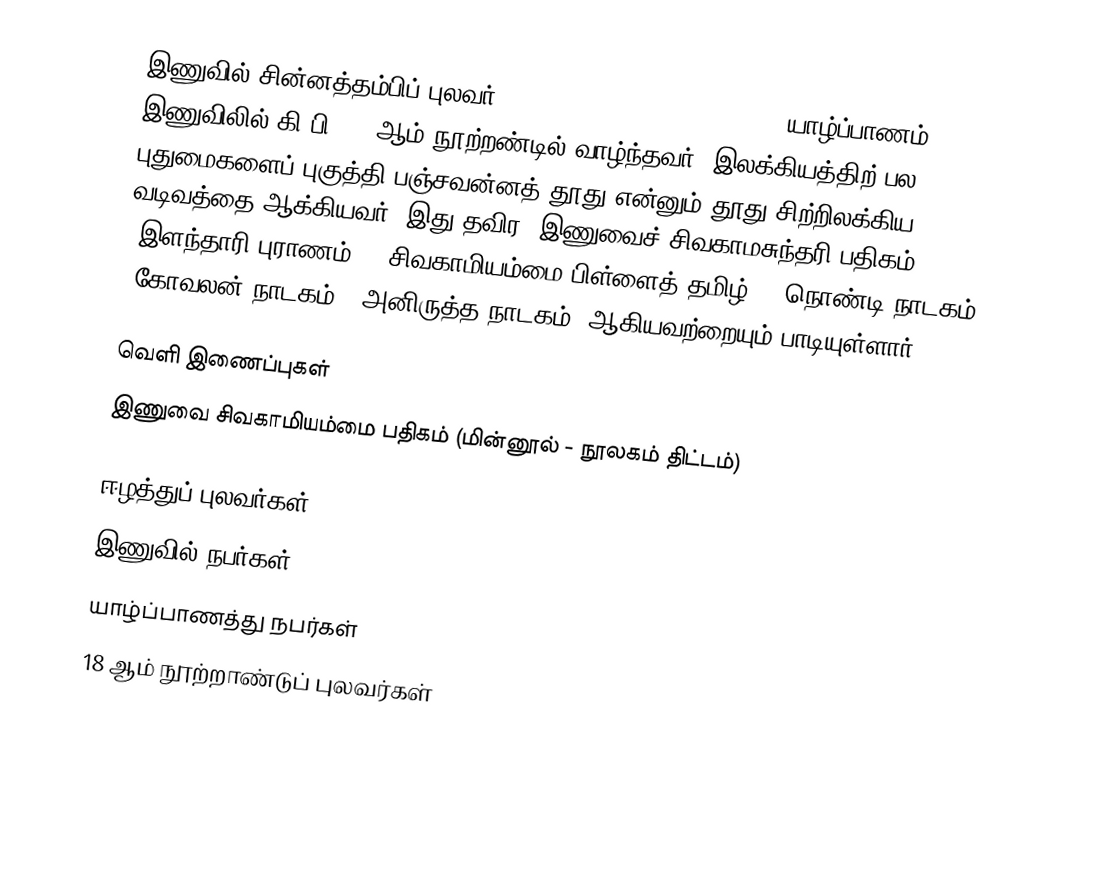
இணுவில் சின்னத்தம்பிப் புலவர் (Inuvil Chinnathambi Pulavar)  யாழ்ப்பாணம் இணுவிலில் கி.பி. 18 ஆம் நூற்றண்டில் வாழ்ந்தவர். இலக்கியத்திற் பல புதுமைகளைப் புகுத்தி பஞ்சவன்னத் தூது என்னும் தூது சிற்றிலக்கிய வடிவத்தை ஆக்கியவர். இது தவிர 'இணுவைச் சிவகாமசுந்தரி பதிகம்', 'இளந்தாரி புராணம்', 'சிவகாமியம்மை பிள்ளைத் தமிழ்', 'நொண்டி நாடகம்', 'கோவலன் நாடகம்', அனிருத்த நாடகம்' ஆகியவற்றையும் பாடியுள்ளார்.

வெளி இணைப்புகள்
 இணுவை சிவகாமியம்மை பதிகம்  (மின்னூல் - நூலகம் திட்டம்)

ஈழத்துப் புலவர்கள்
இணுவில் நபர்கள்
யாழ்ப்பாணத்து நபர்கள்
18 ஆம் நூற்றாண்டுப் புலவர்கள்